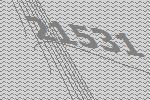
21531